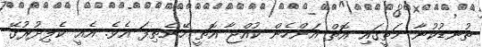
ތުނޑުކުނާ މަތީގައި އޮތް އަންހެން ކުއްޖާ އޮތީ ހޭނެތިފަ އެވެ. އެއީ ކެލިދުރުގޭ